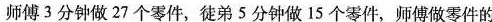
师傅3分钟做27个零件，徒弟5分钟做15个零件，师傅做零件的